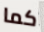
كما